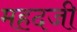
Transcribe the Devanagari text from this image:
महदजी